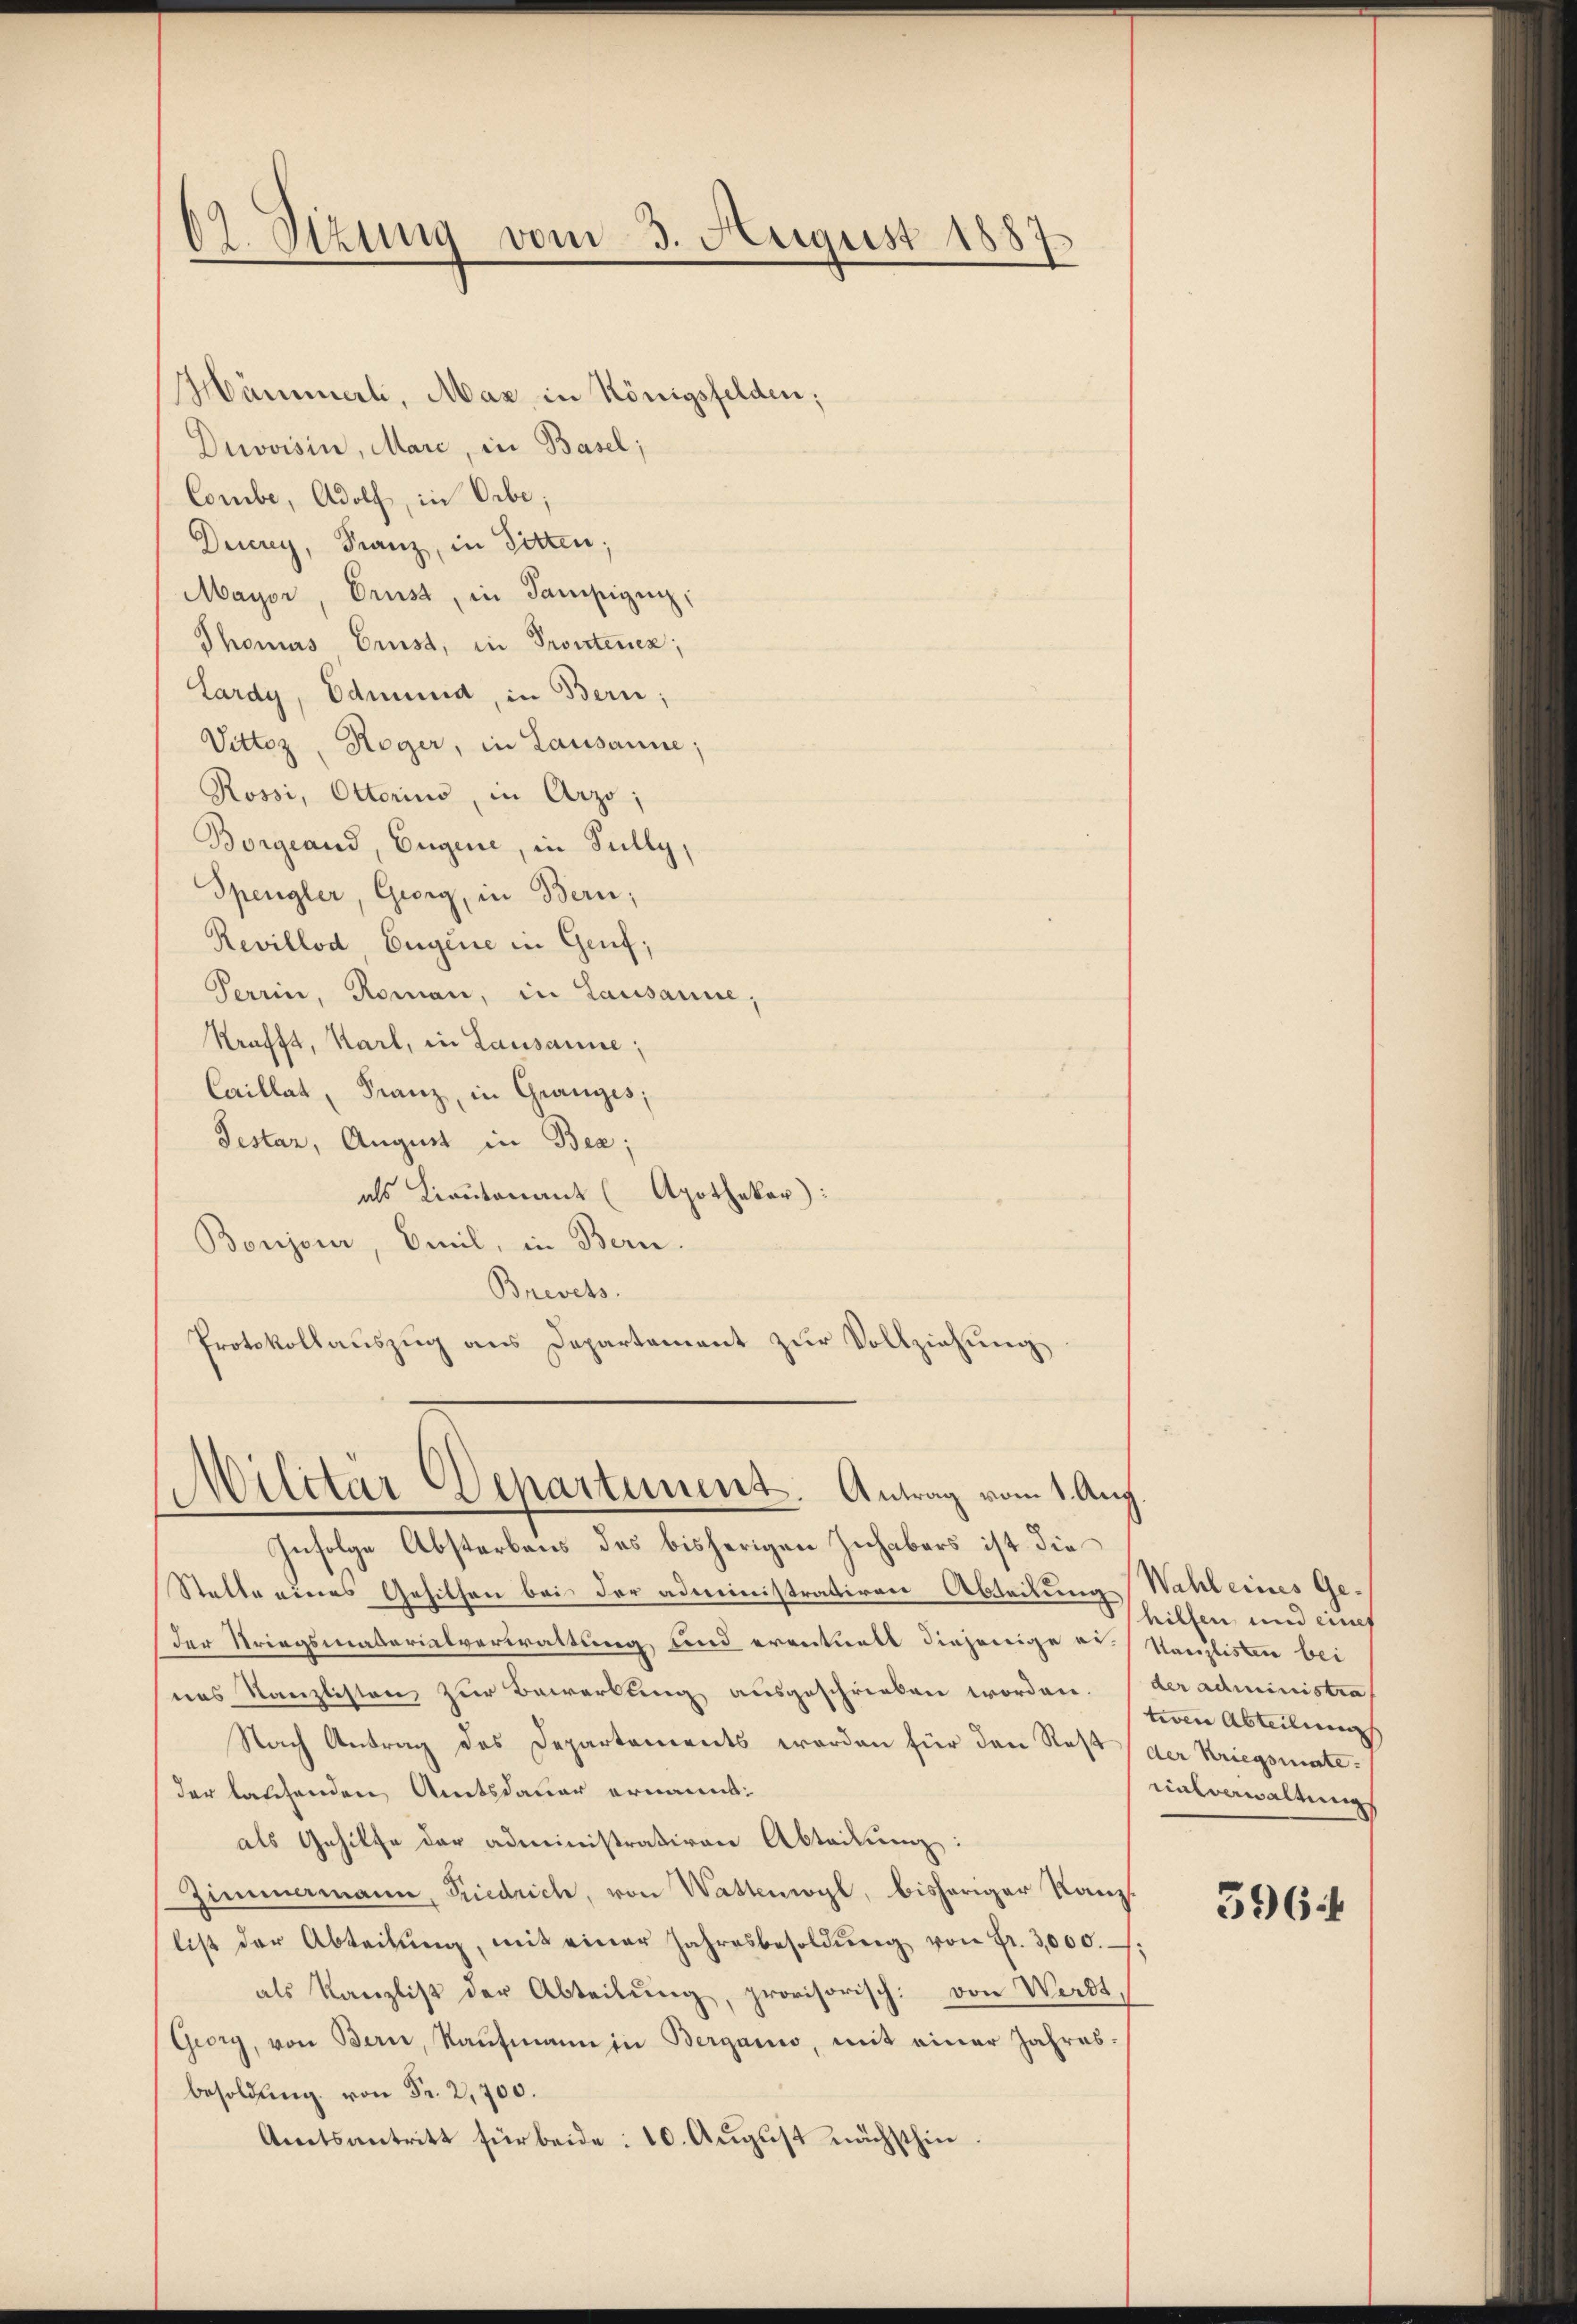
82. Sitzung vom 3. August 1887

Männerli, Mar in Königsfelden;
Duvoisin, Mare, in Basel;
Combe, Adolf, in Orbe;
Deurey, Franz, in Sitten;
Mayor, Prust, in Samsigen,
Thomas Brust, in Protenen;
Lardy, Edmund, in Bern;
Vittoz, Roger, in Lausanne;
Rossi, Otterino, in Arzo;
Borgeaud, Eugene, in Fully,
Spengler, Georg, in Bern;
Revillod Eugene in Genf,
Perrin, Roman, in Lausanne,
Krafft, Karl, in Lausanne;
Caillat, Franz, in Granges;
Testar, August in Bea;
als Lieutenant (Apothekar:
Boujour, Emil, in Bern.
Brevets.
Protokollauszug aus Departement zur Vollziehung

Militär Departement. Antrag vom 1. Aug.

Infolge Absterbens des bisherigen Inhabers ist die
Statte eines Gehilfen bei der administratiren Abteilung Wahl eines Geder Kriegsmaterialverwaltung und eventuell diejenige es Kanzlisten bei
nas Kanzlisten zur Bewerbung ausgeschrieben worden. (der administra
Nach Antrag des Departements worden für den Rest der Kriegsmateder laschenden Amtsdauer ernannt:
als Gehilfe der administrativen Abteilung:
Zimmermann, Friedrich, von Wattwyl, bisheriger Kanzlist der Abteilŭng, mit einer Jahresbesoldŭng von Fr. 3000. ;
als Kanzlist der Abteilŭng, provisorisch: von Werdt,
Georg, von Bern, Kaŭfmann in Berganis, mit einer Jahres-
besoldung von Fr. 2,700.
Amtsantritt für beide: 10. August nächsthin.

hilfen und eines
tiven Abteilung
unterwaltungs

596